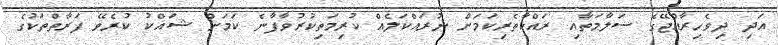
އަދި ދިވެހިރާއްޖޭގެ ސަލާމަތާއި ރައްކާތެރިކަމަށް ނުރައްކަލެއް ކުރިމަތިކުރުވާފާނެ ކަމަށް ޝައްކު ކުރެވޭ ފަރާތްތަކުގެ